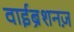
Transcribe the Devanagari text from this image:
वाईब्रेशनज़